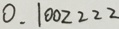
0 . 1 0 0 2 2 2 2